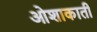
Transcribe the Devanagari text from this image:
ओशाकाती